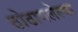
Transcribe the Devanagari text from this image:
ठोठावलेल्या